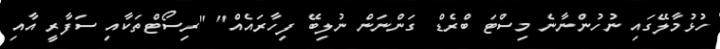
ހުޅުމާލޭގައި ނުހުންނާނެ މިސްޓަ ބްރެޑް ގަންނަން ނުލިބޭ ފިހާރައެއް" "ރިސޯޓްތަކާއި ސަފާރީ އާއި